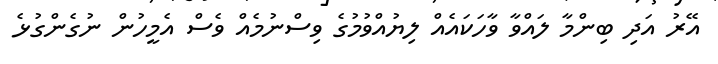
އޭރު އަދި ބިންމާ ލައްވާ ވާހަކައެއް ލިޔުއްވުމުގެ ވިސްނުމެއް ވެސް އެމީހުން ނުގެންގުޅެ